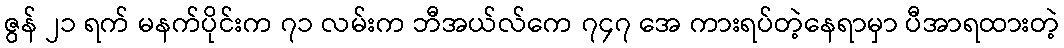
ဇွန် ၂၁ ရက် မနက်ပိုင်းက ၇၁ လမ်းက ဘီအယ်လ်ကေ ၇၄၇ အေ ကားရပ်တဲ့နေရာမှာ ပီအာရထားတဲ့